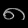
Digit: ၈